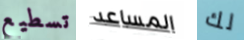
تسطيع المساعد لك